Lunatic asylums Central Provinces reports 1910-1926 - 1910-1926
Year: 1910
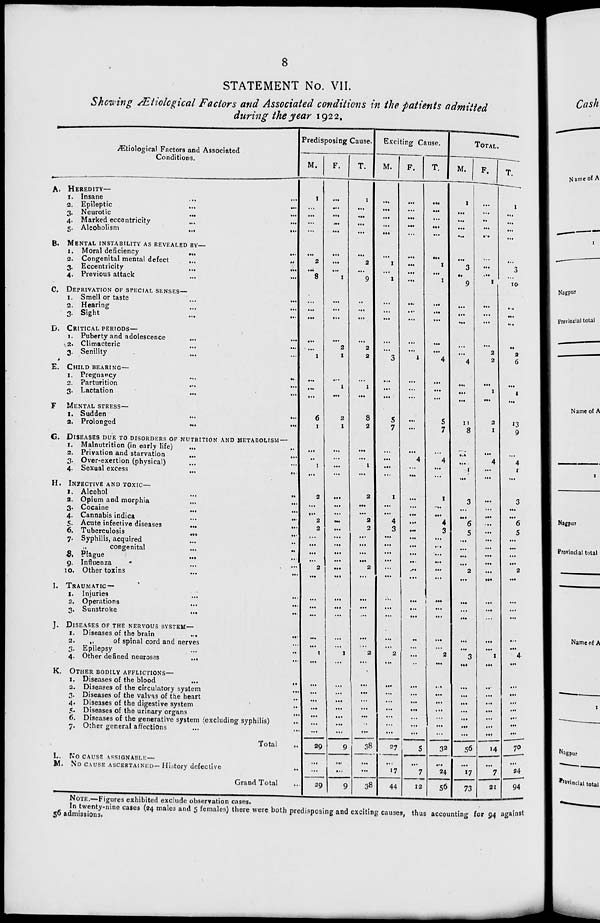
8
STATEMENT No. VII.
Showing Ætiological Factors and Associated conditions in the patients admitted
during the year 1922.
Ætiological Factors and Associated
Conditions.
A. HEREDITY—
1. Insane
...
...
2. Epileptic ... ...
3. Neurotic ... ...
4. Marked eccentricity ... ...
5. Alcoholism
...
...
B. MENTAL INSTABILITY AS REVEALED BY—
1. Moral deficiency
...
...
2. Congenital mental defect
...
...
3. Eccentricity
... ...
4. Previous attack
...
...
C. DEPRIVATION OF SPECIAL SENSES—
1. Smell or taste
...
...
2. Hearing ... ...
3. Sight ... ...
D. CRITICAL PERIODS—
1. Puberty and adolescence ... ...
2. Climacteric ... ...
3. Senility ... ...
E. CHILD BEARING—
1. Pregnancy
...
...
2. Parturition ... ...
3. Lactation ... ...
F. MENTAL STRESS—
1. Sudden ... ...
2. Prolonged
...
...
G. DISEASES DUE TO DISORDERS OF NUTRITION AND METABOLISM—
1. Malnutrition (in early life) ... ...
2. Privation and starvation ... ...
3. Over-exertion (physical) ... ...
4. Sexual excess
...
..
H. INFECTIVE AND TOXIC—
1. Alcohol
...
...
2. Opium and morphia ... ...
3. Cocaine
... ...
4. Cannabis indica
...
...
5. Acute infective diseases
...
...
6. Tuberculosis
...
...
7. Syphilis, acquired ... ...
„
congenital
...
...
8. Plague ... ...
9. Influenza ... ...
10. Other toxins ... ...
I. TRAUMATIC—
1. Injuries ... ...
2. Operations ... ...
3. Sunstroke
... ...
J. DISEASES OF THE NERVOUS SYSTEM—
1. Diseases of the brain
...
...
2.
„
of spinal cord and nerves ...
3. Epilepsy ... ...
4. Other defined neuroses
... ...
K. OTHER BODILY AFFLICTIONS—
1. Diseases of the blood
...
...
2. Diseases of the circulatory system ...
3. Diseases of the valvas of the heart ...
4. Diseases of the digestive system ...
5. Diseases of the urinary organs ...
6. Diseases of the generative system (excluding syphilis) ...
7. Other general affections ... ...
Total
...
L. NO CAUSE ASSIGNABLE—
M. NO CAUSE ASCERTAINED— History defective ...
Grand Total ...
Predisposing Cause.
M.
1
...
...
...
...
...
2
...
8
...
...
...
...
...
1
...
...
...
6
1
...
...
1
...
2
...
...
2
2
...
...
...
...
2
...
...
...
...
...
...
1
...
...
...
...
...
...
...
...
29
...
...
29
F.
...
...
...
...
...
...
...
...
1
...
...
...
...
2
1
...
1
...
2
1
...
...
...
...
...
...
...
...
...
...
...
...
...
...
...
...
...
...
...
...
1
...
...
...
...
...
...
...
...
9
...
...
9
T.
1
...
...
...
...
...
2
...
9
...
...
...
...
2
2
...
1
...
8
2
...
...
1
...
2
...
...
2
2
...
...
...
...
2
...
...
...
...
...
...
2
...
...
...
...
...
...
...
...
38
...
...
38
Exciting Cause.
M.
...
...
...
...
...
...
1
...
1
...
...
...
...
...
3
...
...
...
5
7
...
...
...
...
1
...
...
4
3
...
...
...
...
...
...
...
...
...
...
...
2
...
...
...
...
...
...
...
...
27
...
17
44
F.
...
...
...
...
...
...
...
...
...
...
...
...
...
...
1
...
...
...
...
...
...
4
...
...
...
...
...
...
...
...
...
...
...
...
...
...
...
...
...
...
...
...
...
...
...
...
...
...
...
5
...
7
12
T.
...
...
...
...
...
...
1
...
1
...
...
...
...
...
4
...
...
...
5
7
...
4
...
...
1
...
...
4
3
...
...
...
...
...
...
...
...
...
...
...
2
...
...
...
...
...
...
...
...
32
...
24
56
TOTAL.
M.
1
...
...
...
...
...
3
...
9
...
...
...
...
2
4
...
1
...
11
8
...
4
1
...
3
...
...
6
5
...
...
...
...
2
...
...
...
...
...
...
3
...
...
...
...
...
...
...
...
56
...
17
73
F.
...
...
...
...
...
...
...
...
1
...
...
...
...
...
2
...
...
...
2
1
...
...
...
...
...
...
...
...
...
...
...
...
...
...
...
...
...
...
...
...
1
...
...
...
...
...
...
...
...
14
...
7
21
T.
1
...
...
...
...
...
3
...
10
...
...
...
...
2
6
...
1
...
13
9
...
4
1
...
3
...
...
6
5
...
...
...
...
2
...
...
...
...
...
...
4
...
...
...
...
...
...
...
...
70
...
24
94
NOTE.—Figures exhibited exclude observation cases.
In twenty-nine cases (24 males and 5 females) there were both predisposing and exciting causes, thus accounting for 94 against
56 admissions.